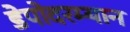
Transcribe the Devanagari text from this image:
डेपोदरम्यान